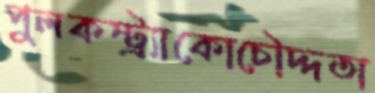
পুলকস্ট্র্যাকোচৌদ্দতা